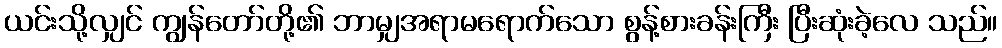
ယင်းသို့လျှင် ကျွန်တော်တို့၏ ဘာမျှအရာမရောက်သော စွန့်စားခန်းကြီး ပြီးဆုံးခဲ့လေ သည်။